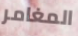
المغامر